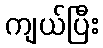
ကျယ်ပြီး